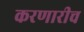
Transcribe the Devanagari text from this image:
करणारीच